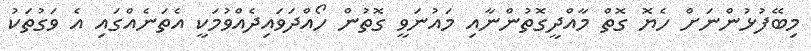
މިބޭފުޅުންނަށް ހެޔޮ ގޮތް މާއްދީގޮތުންނާއި މައުނަވީ ގޮތުން ހޯއްދަވައިދެއްވުމަކީ އެތަނެއްގައި އެ ވަގުތަކު